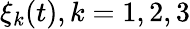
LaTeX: \xi_{k}(t),k=1,2,3